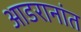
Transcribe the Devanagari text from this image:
आडरानांत